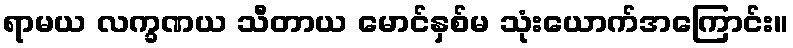
ရာမယ လက္ခဏယ သီတာယ မောင်နှစ်မ သုံးယောက်အကြောင်း။